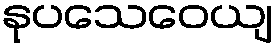
နုပသေဝေယျ